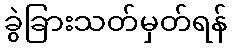
ခွဲခြားသတ်မှတ်ရန်